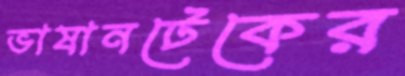
ভাষানটেকের